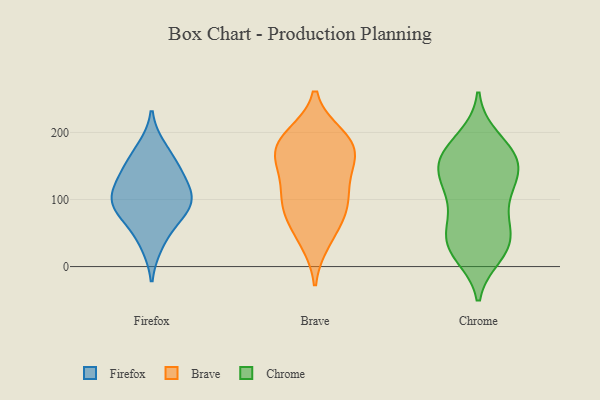
{"axis": {"x": "Production Output", "y": "Value"}, "legend": ["Brave", "Chrome", "Firefox"], "data": [{"x": "", "y": 102, "type": "Firefox"}, {"x": "", "y": 95, "type": "Firefox"}, {"x": "", "y": 176, "type": "Firefox"}, {"x": "", "y": 81, "type": "Firefox"}, {"x": "", "y": 104, "type": "Firefox"}, {"x": "", "y": 34, "type": "Firefox"}, {"x": "", "y": 122, "type": "Firefox"}, {"x": "", "y": 71, "type": "Firefox"}, {"x": "", "y": 142, "type": "Firefox"}, {"x": "", "y": 152, "type": "Firefox"}, {"x": "", "y": 85, "type": "Brave"}, {"x": "", "y": 94, "type": "Brave"}, {"x": "", "y": 179, "type": "Brave"}, {"x": "", "y": 162, "type": "Brave"}, {"x": "", "y": 189, "type": "Brave"}, {"x": "", "y": 52, "type": "Brave"}, {"x": "", "y": 133, "type": "Brave"}, {"x": "", "y": 165, "type": "Brave"}, {"x": "", "y": 145, "type": "Brave"}, {"x": "", "y": 38, "type": "Brave"}, {"x": "", "y": 91, "type": "Brave"}, {"x": "", "y": 195, "type": "Brave"}, {"x": "", "y": 188, "type": "Brave"}, {"x": "", "y": 100, "type": "Brave"}, {"x": "", "y": 31, "type": "Chrome"}, {"x": "", "y": 69, "type": "Chrome"}, {"x": "", "y": 27, "type": "Chrome"}, {"x": "", "y": 164, "type": "Chrome"}, {"x": "", "y": 52, "type": "Chrome"}, {"x": "", "y": 18, "type": "Chrome"}, {"x": "", "y": 103, "type": "Chrome"}, {"x": "", "y": 129, "type": "Chrome"}, {"x": "", "y": 31, "type": "Chrome"}, {"x": "", "y": 139, "type": "Chrome"}, {"x": "", "y": 121, "type": "Chrome"}, {"x": "", "y": 183, "type": "Chrome"}, {"x": "", "y": 158, "type": "Chrome"}, {"x": "", "y": 162, "type": "Chrome"}, {"x": "", "y": 65, "type": "Chrome"}, {"x": "", "y": 158, "type": "Chrome"}, {"x": "", "y": 107, "type": "Chrome"}, {"x": "", "y": 191, "type": "Chrome"}, {"x": "", "y": 30, "type": "Chrome"}, {"x": "", "y": 150, "type": "Chrome"}]}